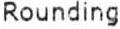
ROUNDING